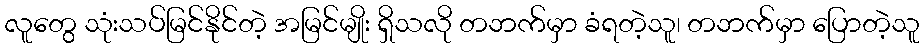
လူတွေ သုံးသပ်မြင်နိုင်တဲ့ အမြင်မျိုး ရှိသလို တဘက်မှာ ခံရတဲ့သူ၊ တဘက်မှာ ပြောတဲ့သူ